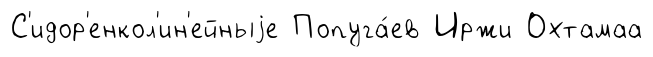
С'идор'енкол'ин'ейныjе Попуга́ев Иржи Охтамаа